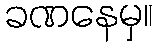
ခဏနေမှ။